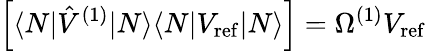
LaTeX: \left[\langle N|\hat{V}^{(1)}|N\rangle\langle N|V_{\mathrm{ref}}|N\rangle\right]=\Omega^{(1)}V_{\mathrm{ref}}